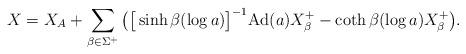
LaTeX: \begin{align*}X=X_A+\sum_{\beta\in\Sigma^+} \big(\big[ \sinh \beta(\log a)\big]^{-1}\mathrm{Ad }(a) X_{\beta}^+ - \coth \beta(\log a) X_\beta^+\big).\end{align*}